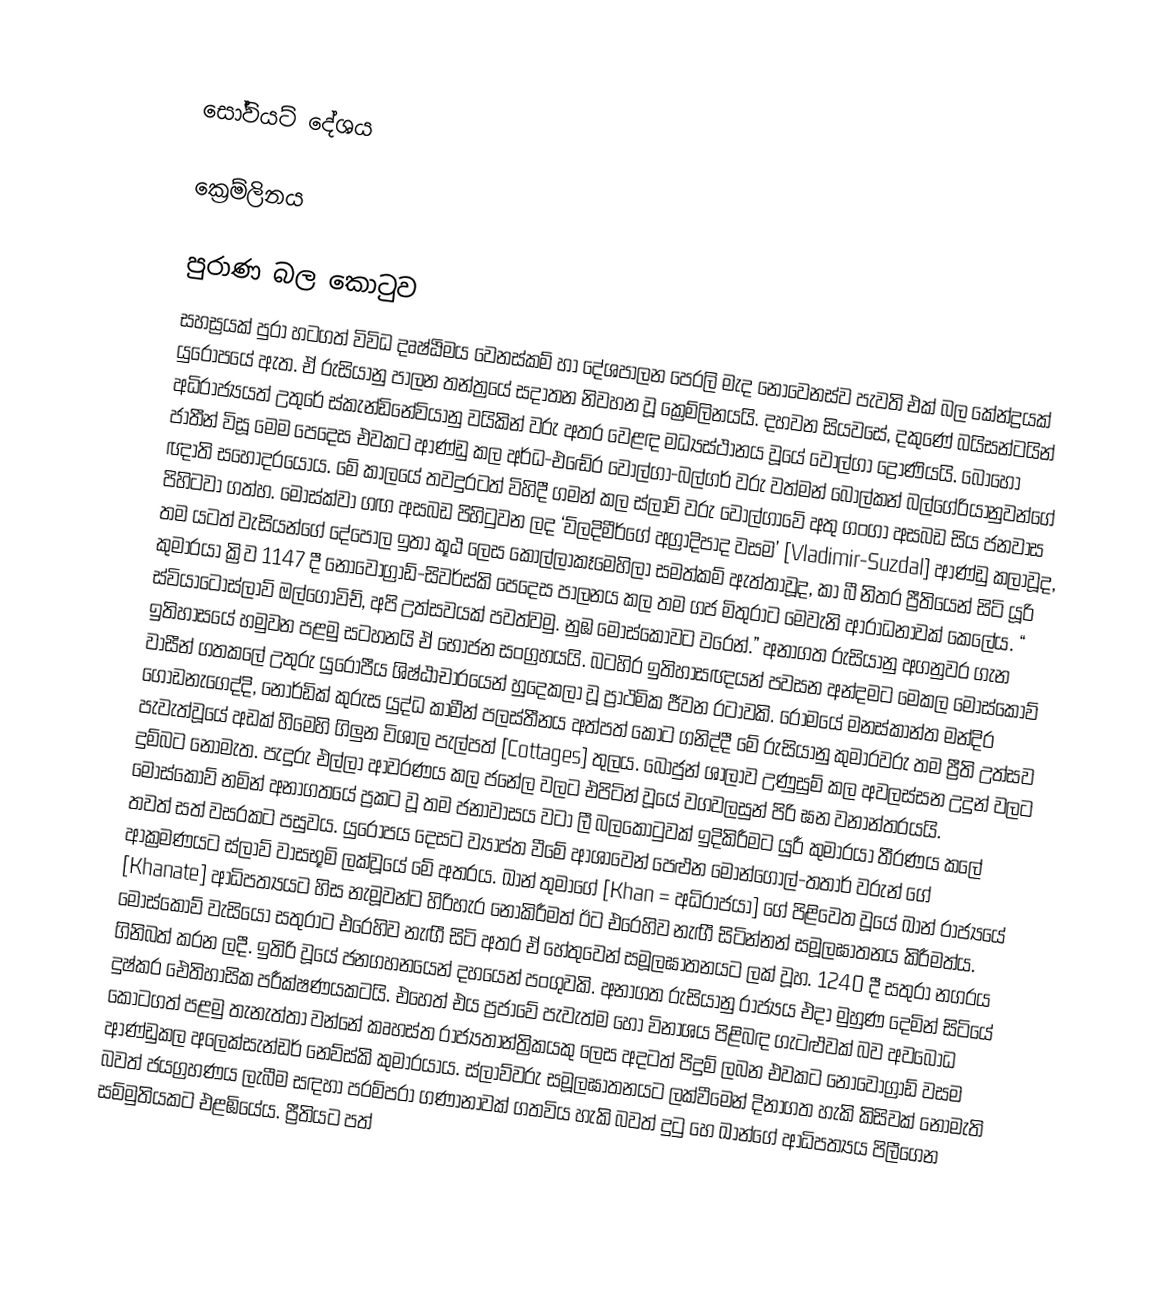

සෝවියට් දේශය

ක්‍රෙම්ලිනය

පුරාණ බල කොටුව
සහස්‍රයක් පුරා හටගත් විවිධ දෘෂ්ඨිමය වෙනස්කම් හා දේශපාලන පෙරලි මැද නොවෙනස්ව පැවති එක් බල කේන්ද්‍රයක් යුරෝපයේ ඇත. ඒ රුසියානු පාලන තන්ත්‍රයේ සදාතන නිවහන වූ ක්‍රෙම්ලිනයයි. දහවන සියවසේ, දකුණේ බයිසන්ටයින් අධිරාජ්‍යයත් උතුරේ ස්කැන්ඩිනේවියානු වයිකින් වරු අතර වෙළඳ මධ්‍යස්ථානය වූයේ වොල්ගා ද්‍රෝණියයි. බොහෝ ජාතීන් විසූ මෙම පෙදෙස එවකට ආණ්ඩු කල අර්ධ-එඬේර වොල්ගා-බල්ගර් වරු වත්මන් බෝල්කන් බල්ගේරියානුවන්ගේ ඥාති සහෝදරයෝය. මේ කාලයේ තවදුරටත් විහිදී ගමන් කල ස්ලාව් වරු වොල්ගාවේ අතු ගංගා අසබඩ සිය ජනවාස පිහිටවා ගත්හ. මොස්ක්වා ගඟ අසබඩ පිහිටුවන ලද ‘ව්ලදිමීර්ගේ අග්‍රාදිපාද වසම’ [Vladimir-Suzdal] ආණ්ඩු කලාවූද, තම යටත් වැසියන්ගේ දේපොල ඉතා කූඨ ලෙස කොල්ලාකෑමෙහිලා සමත්කම් ඇත්තාවූද, කා බී නිතර ප්‍රීතියෙන් සිටි යූරි කුමාරයා ක්‍රිව 1147 දී නොවොග්‍රාඩ්-සිවර්ස්කි පෙදෙස පාලනය කල තම ගජ මිතුරාට මෙවැනි ආරාධනාවක් කෙලේය. “ ස්වියාටොස්ලාව් ඔල්ගොවිච්, අපි උත්සවයක් පවත්වමු. නුඹ මොස්කෝවට වරෙන්.” අනාගත රුසියානු අගනුවර ගැන ඉතිහාසයේ හමුවන පළමු සටහනයි ඒ භෝජන සංග්‍රහයයි. බටහිර ඉතිහාසඥයන් පවසන අන්දමට මෙකල මොස්කොව් වාසීන් ගතකලේ උතුරු යුරෝපීය ශිෂ්ඨාචාරයෙන් හුදෙකලා වූ ප්‍රාථමික ජීවන රටාවකි. රෝමයේ මනස්කාන්ත මන්දිර ගොඩනැගෙද්දි, නෝර්ඩික් කුරුස යුද්ධ කාමීන් පලස්තීනය අත්පත් කොට ගනිද්දී මේ රුසියානු කුමාරවරු තම ප්‍රීති උත්සව පැවැත්වූයේ අඩක් හිමෙහි ගිලුන විශාල පැල්පත් [Cottages] තුලය. බොජුන් ශාලාව උණුසුම් කල අවලස්සන උදුන් වලට දුම්බට නොමැත. පැදුරු එල්ලා ආවරණය කල ජනේල වලට එපිටින් වූයේ වගවලසුන් පිරි ඝන වනාන්තරයයි. මොස්කොව් නමින් අනාගතයේ ප්‍රකට වූ තම ජනාවාසය වටා ලී බලකොටුවක් ඉදිකිරීමට යුරී කුමාරයා තීරණය කලේ තවත් සත් වසරකට පසුවය. යුරෝපය දෙසට ව්‍යාප්ත වීමේ ආශාවෙන් පෙළුන මොන්ගෝල්-තතාර් වරුන් ගේ ආක්‍රමණයට ස්ලාව් වාසභූමි ලක්වූයේ මේ අතරය. ඛාන් තුමාගේ [Khan = අධිරාජයා] ගේ පිළිවෙත වූයේ ඛාන් රාජ්‍යයේ [Khanate] ආධිපත්‍යයට හිස නැමූවන්ට හිරිහැර නොකිරීමත් ඊට එරෙහිව නැඟී සිටින්නන් සමූලඝාතනය කිරීමත්ය. මොස්කොව් වැසියෝ සතුරාට එරෙහිව නැඟී සිටි අතර ඒ හේතුවෙන් සමූලඝාතනයට ලක් වූහ. 1240 දී සතුරා නගරය ගිනිබත් කරන ලදී. ඉතිරි වූයේ ජනගහනයෙන් දහයෙන් පංගුවකි. අනාගත රුසියානු රාජ්‍යය එදා මුහුණ දෙමින් සිටියේ දුෂ්කර ඓතිහාසික පරීක්ෂණයකටයි. එහෙත් එය ප්‍රජාවේ පැවැත්ම හෝ විනාශය පිළිබඳ ගැටළුවක් බව අවබෝධ කොටගත් පළමු තැනැත්තා වන්නේ කෘහස්ත රාජ්‍යතාන්ත්‍රිකයකු ලෙස අදටත් පිදුම් ලබන එවකට නොවොග්‍රාඩ් වසම ආණ්ඩුකල අලෙක්සැන්ඩර් නෙව්ස්කි කුමාරයාය. ස්ලාව්වරු සමූලඝාතනයට ලක්වීමෙන් දිනාගත හැකි කිසිවක් නොමැති බවත් ජයග්‍රහණය ලැබීම සඳහා පරම්පරා ගණානාවක් ගතවිය හැකි බවත් දුටු හෙ ඛාන්ගේ ආධිපත්‍යය පිලීගෙන සම්මුතියකට එළඹියේය. ප්‍රීතියට පත්